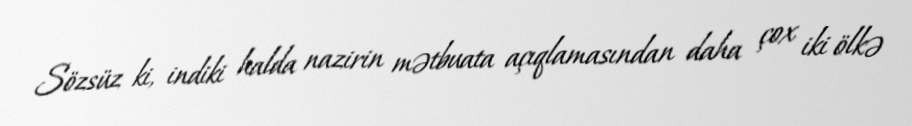
Sözsüz ki, indiki halda nazirin mətbuata açıqlamasından daha çox iki ölkə